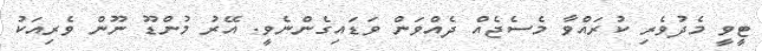
ޓީވީ މެދުވެރި ކުރައްވާ މެސެޖެއް ދެއްވަން ވަޑައިގެންނެވީ. އޭރު މުންޑޫ ނޫން ވެރިއަކު